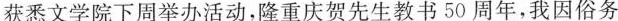
获悉文学院下周举办活动，隆重庆贺先生教书50周年，我因俗务